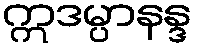
ဣဒမ္ပာနန္ဒ